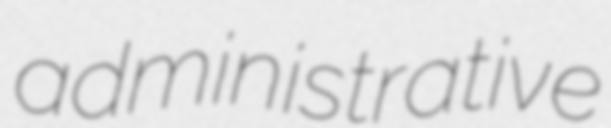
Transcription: administrative